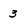
Character: 3